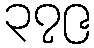
၃၇၉